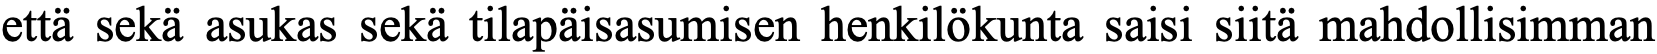
että sekä asukas sekä tilapäisasumisen henkilökunta saisi siitä mahdollisimman